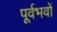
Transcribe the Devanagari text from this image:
पूर्वभवों